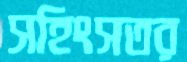
সহিংসতর